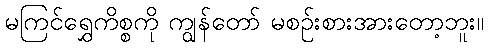
မကြင်ရွှေကိစ္စကို ကျွန်တော် မစဉ်းစားအားတော့ဘူး။